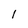
Character: l